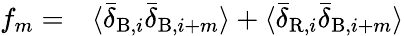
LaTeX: \begin{array}{rl}{f_{m}=}&{{}\langle\bar{\delta}_{\mathrm{B},i}\bar{\delta}_{\mathrm{B},i+m}\rangle+\langle\bar{\delta}_{\mathrm{R},i}\bar{\delta}_{\mathrm{B},i+m}\rangle}\end{array}